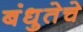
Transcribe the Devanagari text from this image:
बंधुतेचे